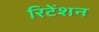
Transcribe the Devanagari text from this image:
रिटेंशन